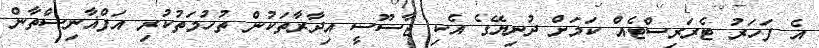
އެ ފަހަރު ޓެރަރިސްޓެއް ކަމަށް ދުނިޔޭގެ އެކި ޖާސޫސީ އިދާރާތަކުން ތުހުމަތުކުރި އަފްޣާނިސްތާން